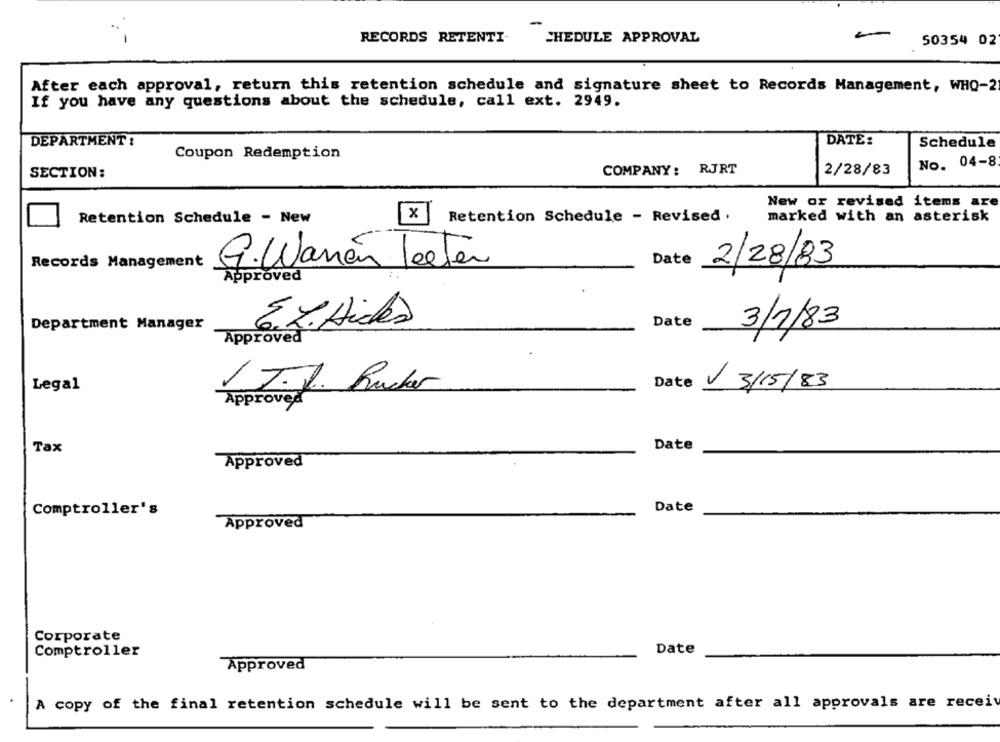
RECORDS RETENTI-
SHEDULE APPROVAL
50354 02
After each approval, return this retention schedule and signature sheet to Records Management, WHO-2
If you have any questions about the schedule, call ext. 2949.
DEPARTMENT :
DATE:
Schedule
Coupon Redemption
No. 04-8
COMPANY: RJRT
SECTION:
2/28/83
New or revised items are
Retention Schedule - New
Retention Schedule - Revised .
marked with an asterisk
Records Management
G. Waren leeter
Date
2/28/83
Approved
Department Manager
6.2. Aides
Date
3/1/83
Approved
Legal
J.J. Rucker
Date 13/15/83
Tax
Date
Approved
Comptroller's
Date
Approved
Corporate
Comptroller
Date
Approved
A copy of the final retention schedule will be sent to the department after all approvals are recei